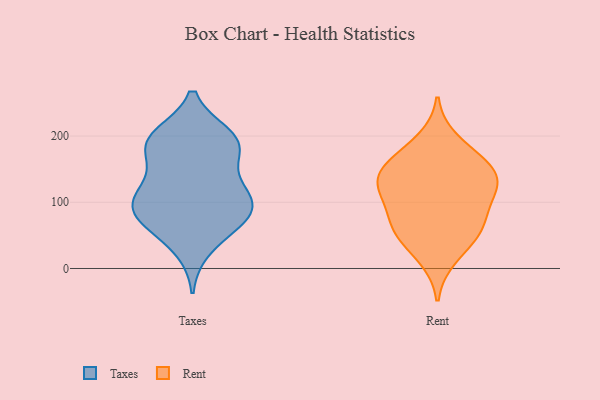
{"axis": {"x": "Market Share (%)", "y": "Value"}, "legend": ["Rent", "Taxes"], "data": [{"x": "", "y": 68, "type": "Taxes"}, {"x": "", "y": 128, "type": "Taxes"}, {"x": "", "y": 195, "type": "Taxes"}, {"x": "", "y": 71, "type": "Taxes"}, {"x": "", "y": 87, "type": "Taxes"}, {"x": "", "y": 195, "type": "Taxes"}, {"x": "", "y": 102, "type": "Taxes"}, {"x": "", "y": 167, "type": "Taxes"}, {"x": "", "y": 115, "type": "Taxes"}, {"x": "", "y": 181, "type": "Taxes"}, {"x": "", "y": 113, "type": "Taxes"}, {"x": "", "y": 74, "type": "Taxes"}, {"x": "", "y": 30, "type": "Taxes"}, {"x": "", "y": 200, "type": "Taxes"}, {"x": "", "y": 192, "type": "Taxes"}, {"x": "", "y": 94, "type": "Taxes"}, {"x": "", "y": 70, "type": "Rent"}, {"x": "", "y": 48, "type": "Rent"}, {"x": "", "y": 98, "type": "Rent"}, {"x": "", "y": 121, "type": "Rent"}, {"x": "", "y": 157, "type": "Rent"}, {"x": "", "y": 194, "type": "Rent"}, {"x": "", "y": 54, "type": "Rent"}, {"x": "", "y": 131, "type": "Rent"}, {"x": "", "y": 16, "type": "Rent"}, {"x": "", "y": 116, "type": "Rent"}, {"x": "", "y": 67, "type": "Rent"}, {"x": "", "y": 162, "type": "Rent"}, {"x": "", "y": 153, "type": "Rent"}, {"x": "", "y": 133, "type": "Rent"}]}